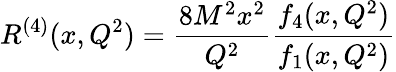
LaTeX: R^{(4)}(x,Q^{2})=\frac{8M^{2}x^{2}}{Q^{2}}\frac{f_{4}(x,Q^{2})}{f_{1}(x,Q^{2})}